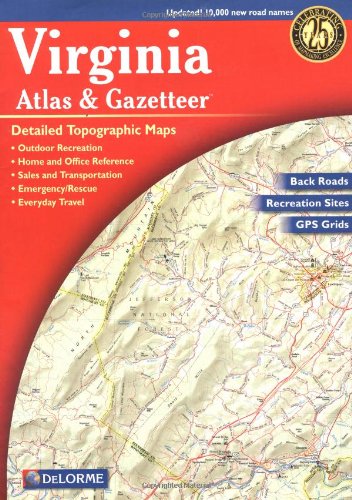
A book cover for Virginia Atlas & Gazetteer; Delorme; Reference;